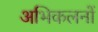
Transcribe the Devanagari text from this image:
अभिकलनों